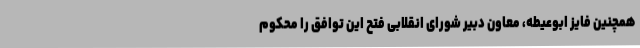
همچنین فایز ابوعیطه، معاون دبیر شورای انقلابی فتح این توافق را محکوم